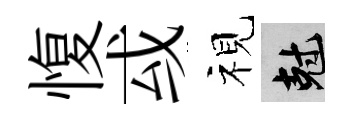
愎㦯视剋